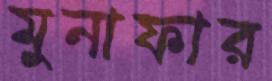
মুনাফার